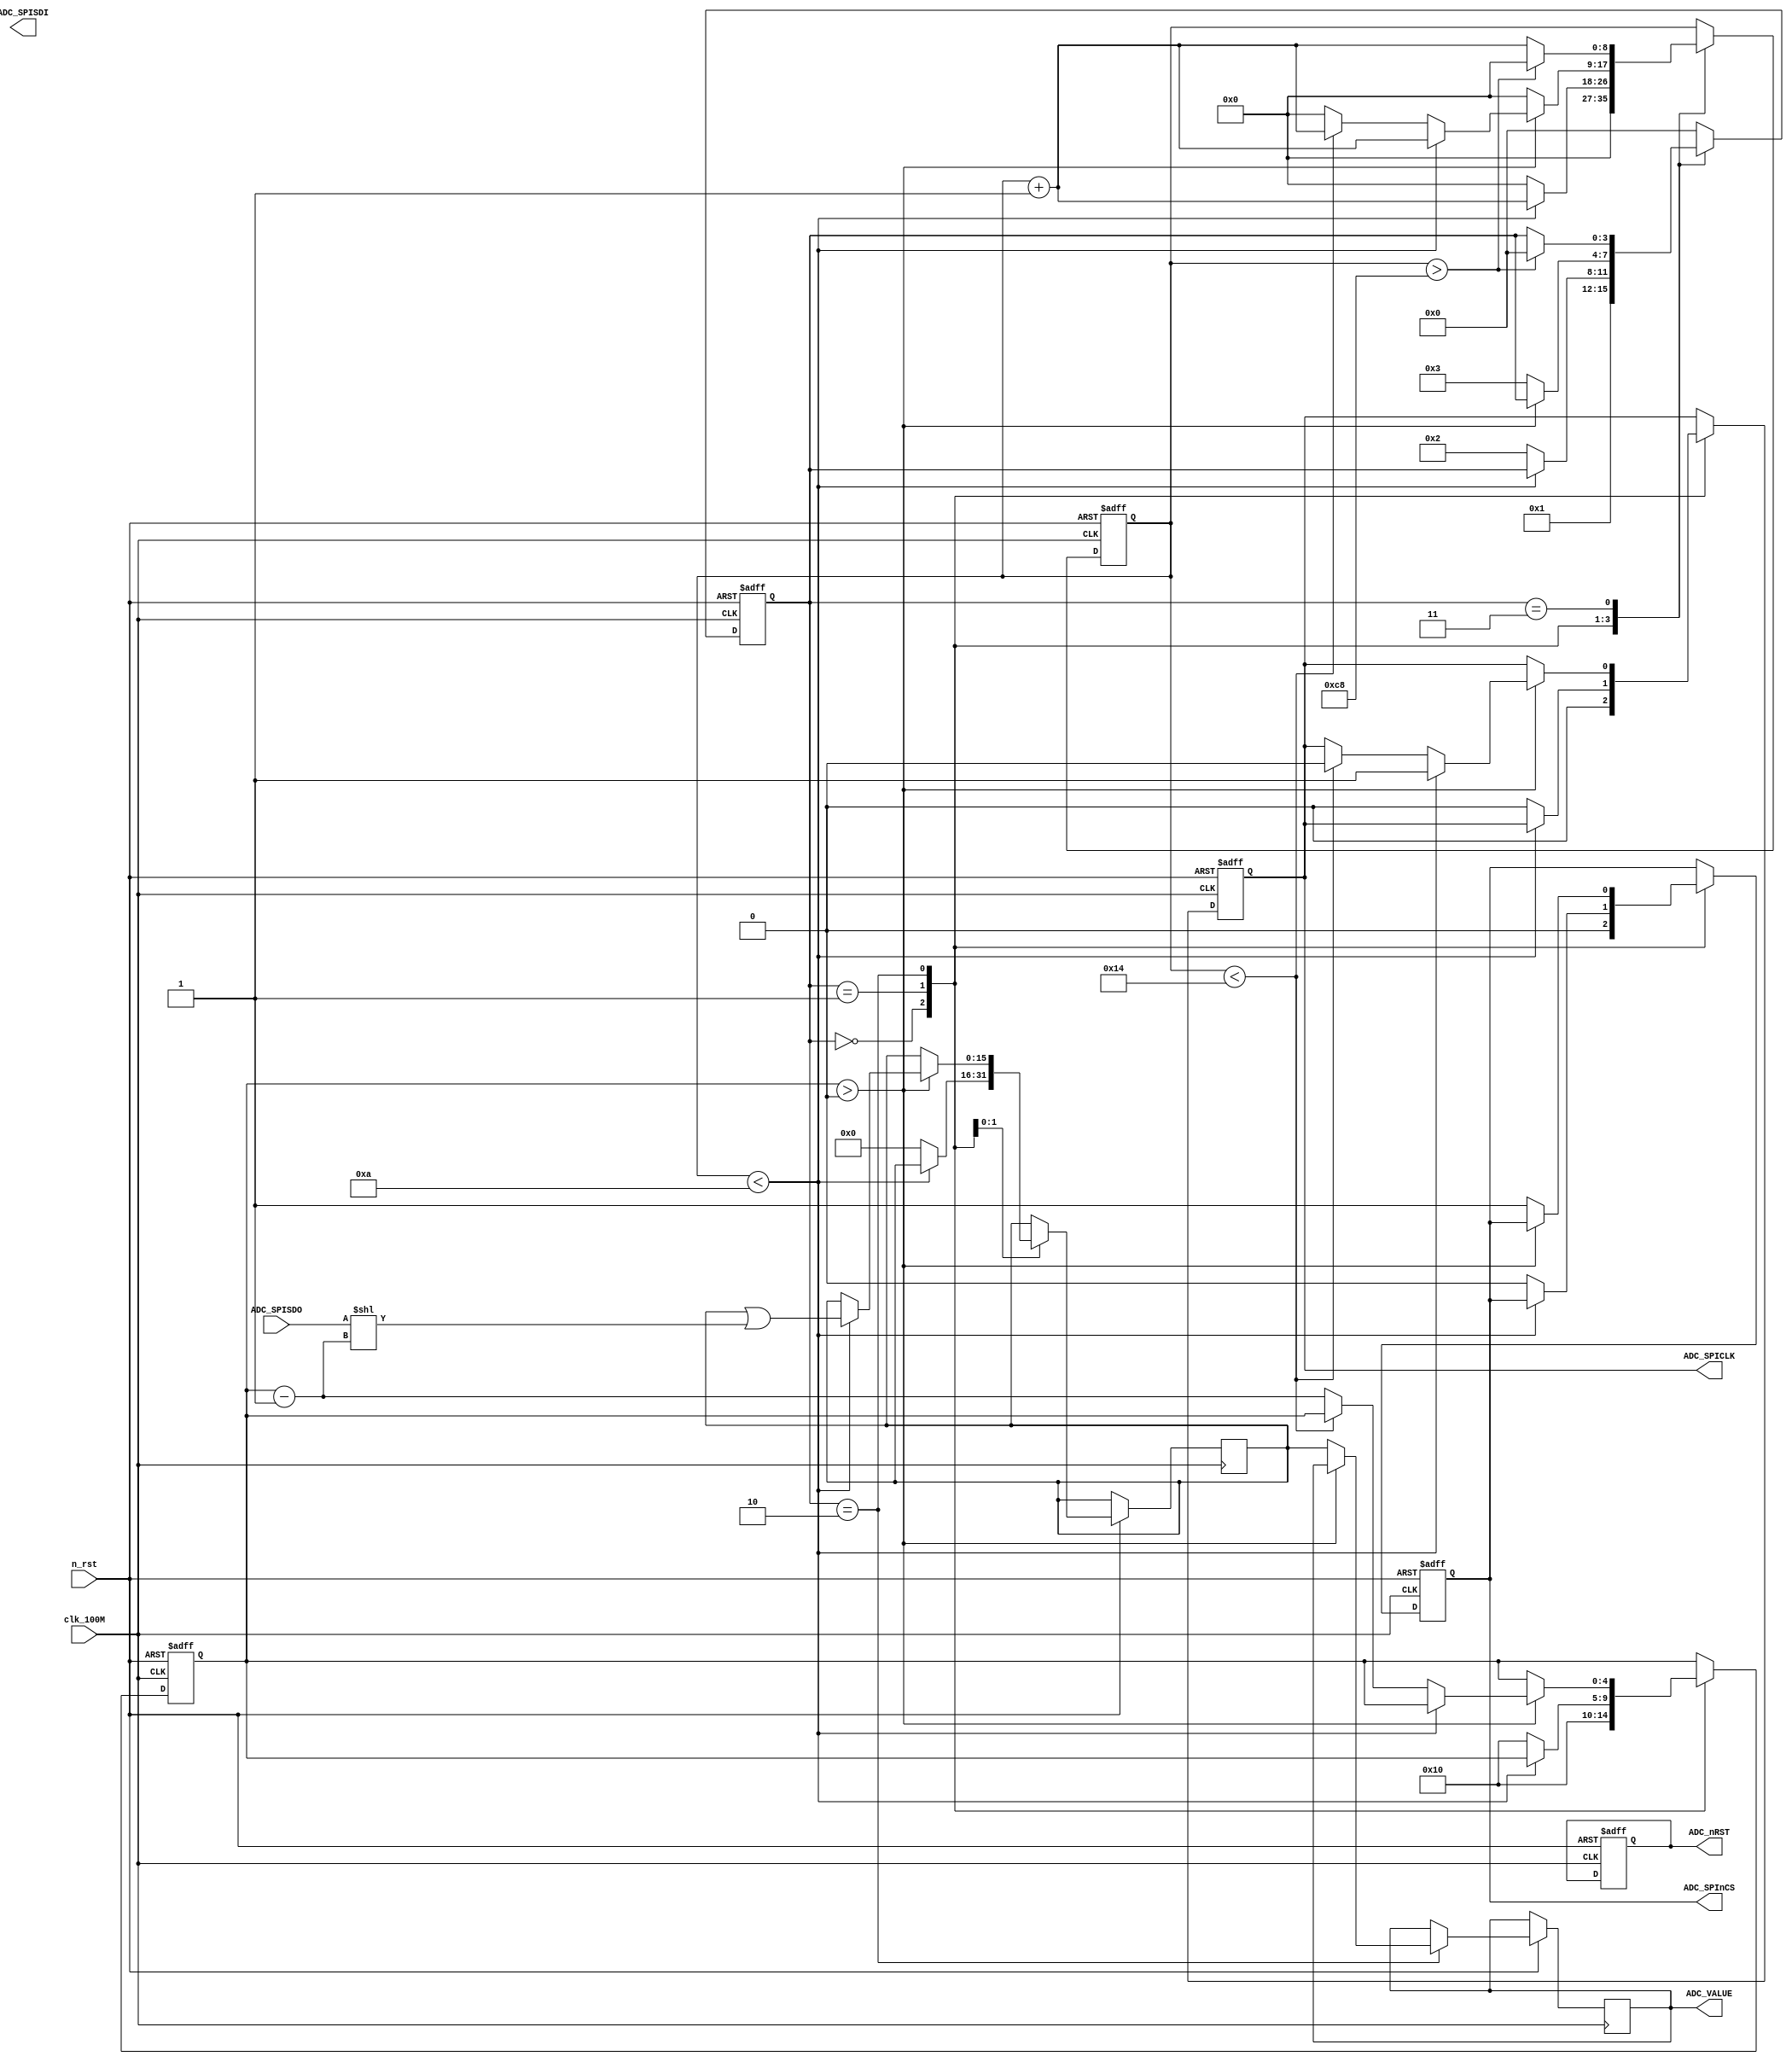
/* 
##############################################
#        
##############################################
20180230
*	1. ADC
* 
*/
module FPGA_ADC(input clk_100M,input n_rst,input ADC_SPISDO,output reg[15:0] ADC_VALUE,output reg ADC_nRST,output reg ADC_SPInCS,output reg ADC_SPICLK,output reg ADC_SPISDI);

reg[4:0] spi_clk_cnt;
reg[8:0] spi_speed_cnt;
reg[3:0] StateM;
reg[15:0] adc_value_temp;
//reg[3:0] flag;

always@(posedge clk_100M or negedge n_rst)
begin
	if(!n_rst)
		begin
			//flag	<= 4'd0;
			spi_speed_cnt <= 9'd0;
			spi_clk_cnt <= 5'd0;
			ADC_SPInCS	<= 1'd1;
			ADC_SPICLK	<= 1'd0;
			ADC_nRST		<= 1'd1;
			StateM <= 4'd0;
		end
	else
		begin
			case(StateM)
			4'd0:
			begin
				spi_speed_cnt <= 9'd0;
				spi_clk_cnt <= 5'd16;
				ADC_SPInCS	<= 1'd0;
				ADC_SPICLK	<= 1'd0;
				StateM <= 4'd1;
			end
			
			4'd1:
			begin
				if(spi_speed_cnt < 5'd10)
					begin
						spi_speed_cnt <= spi_speed_cnt + 5'd1;
					end
				else
					begin
						spi_speed_cnt <= 9'd0;
						spi_clk_cnt <= 5'd16;
						ADC_SPInCS	<= 1'd0;
						ADC_SPICLK	<= 1'd0;
						adc_value_temp <= 16'd0;
						StateM <= 4'd2;
					end
			end
			
			4'd2:
			begin
				if(spi_clk_cnt > 5'd0)
					begin
						if(spi_speed_cnt < 9'd10)
							begin
								ADC_SPICLK	<= 1'd1;
								adc_value_temp <= adc_value_temp |(ADC_SPISDO << (spi_clk_cnt - 5'd1));
								spi_speed_cnt <= spi_speed_cnt + 9'd1;
							end
						else
							begin
								if(spi_speed_cnt < 9'd20)
									begin
										ADC_SPICLK <= 1'd0;
										spi_speed_cnt <= spi_speed_cnt + 9'd1;
									end
								else
									begin
										spi_speed_cnt <= 9'd0;
										spi_clk_cnt	<= spi_clk_cnt - 5'd1;
									end
							end
					end
				else
					begin
						ADC_VALUE[15:0] <= adc_value_temp[15:0];
						//ADC_VALUE[15:0] <= 16'd2000;
						ADC_SPInCS	<= 1'd1;
						spi_speed_cnt <= 9'd0;
						StateM	<= 4'd3;
					end
			end
			
			4'd3:
			begin
				if(spi_speed_cnt > 9'd200)
					begin
						spi_speed_cnt	<= 9'd0;
						StateM <= 4'd0;
					end
				else
					begin
						spi_speed_cnt	<= spi_speed_cnt + 9'd1;
					end
			end
			
			default:
			begin
				StateM <= 4'd0;
			end
			
			endcase
		end
end


endmodule